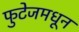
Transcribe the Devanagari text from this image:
फुटेजमधून